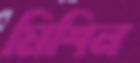
মিশিন